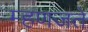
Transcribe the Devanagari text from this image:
म्हणजते